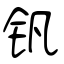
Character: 钒